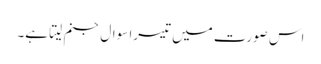
اس صورت میں تیسرا سوال جنم لیتا ہے۔